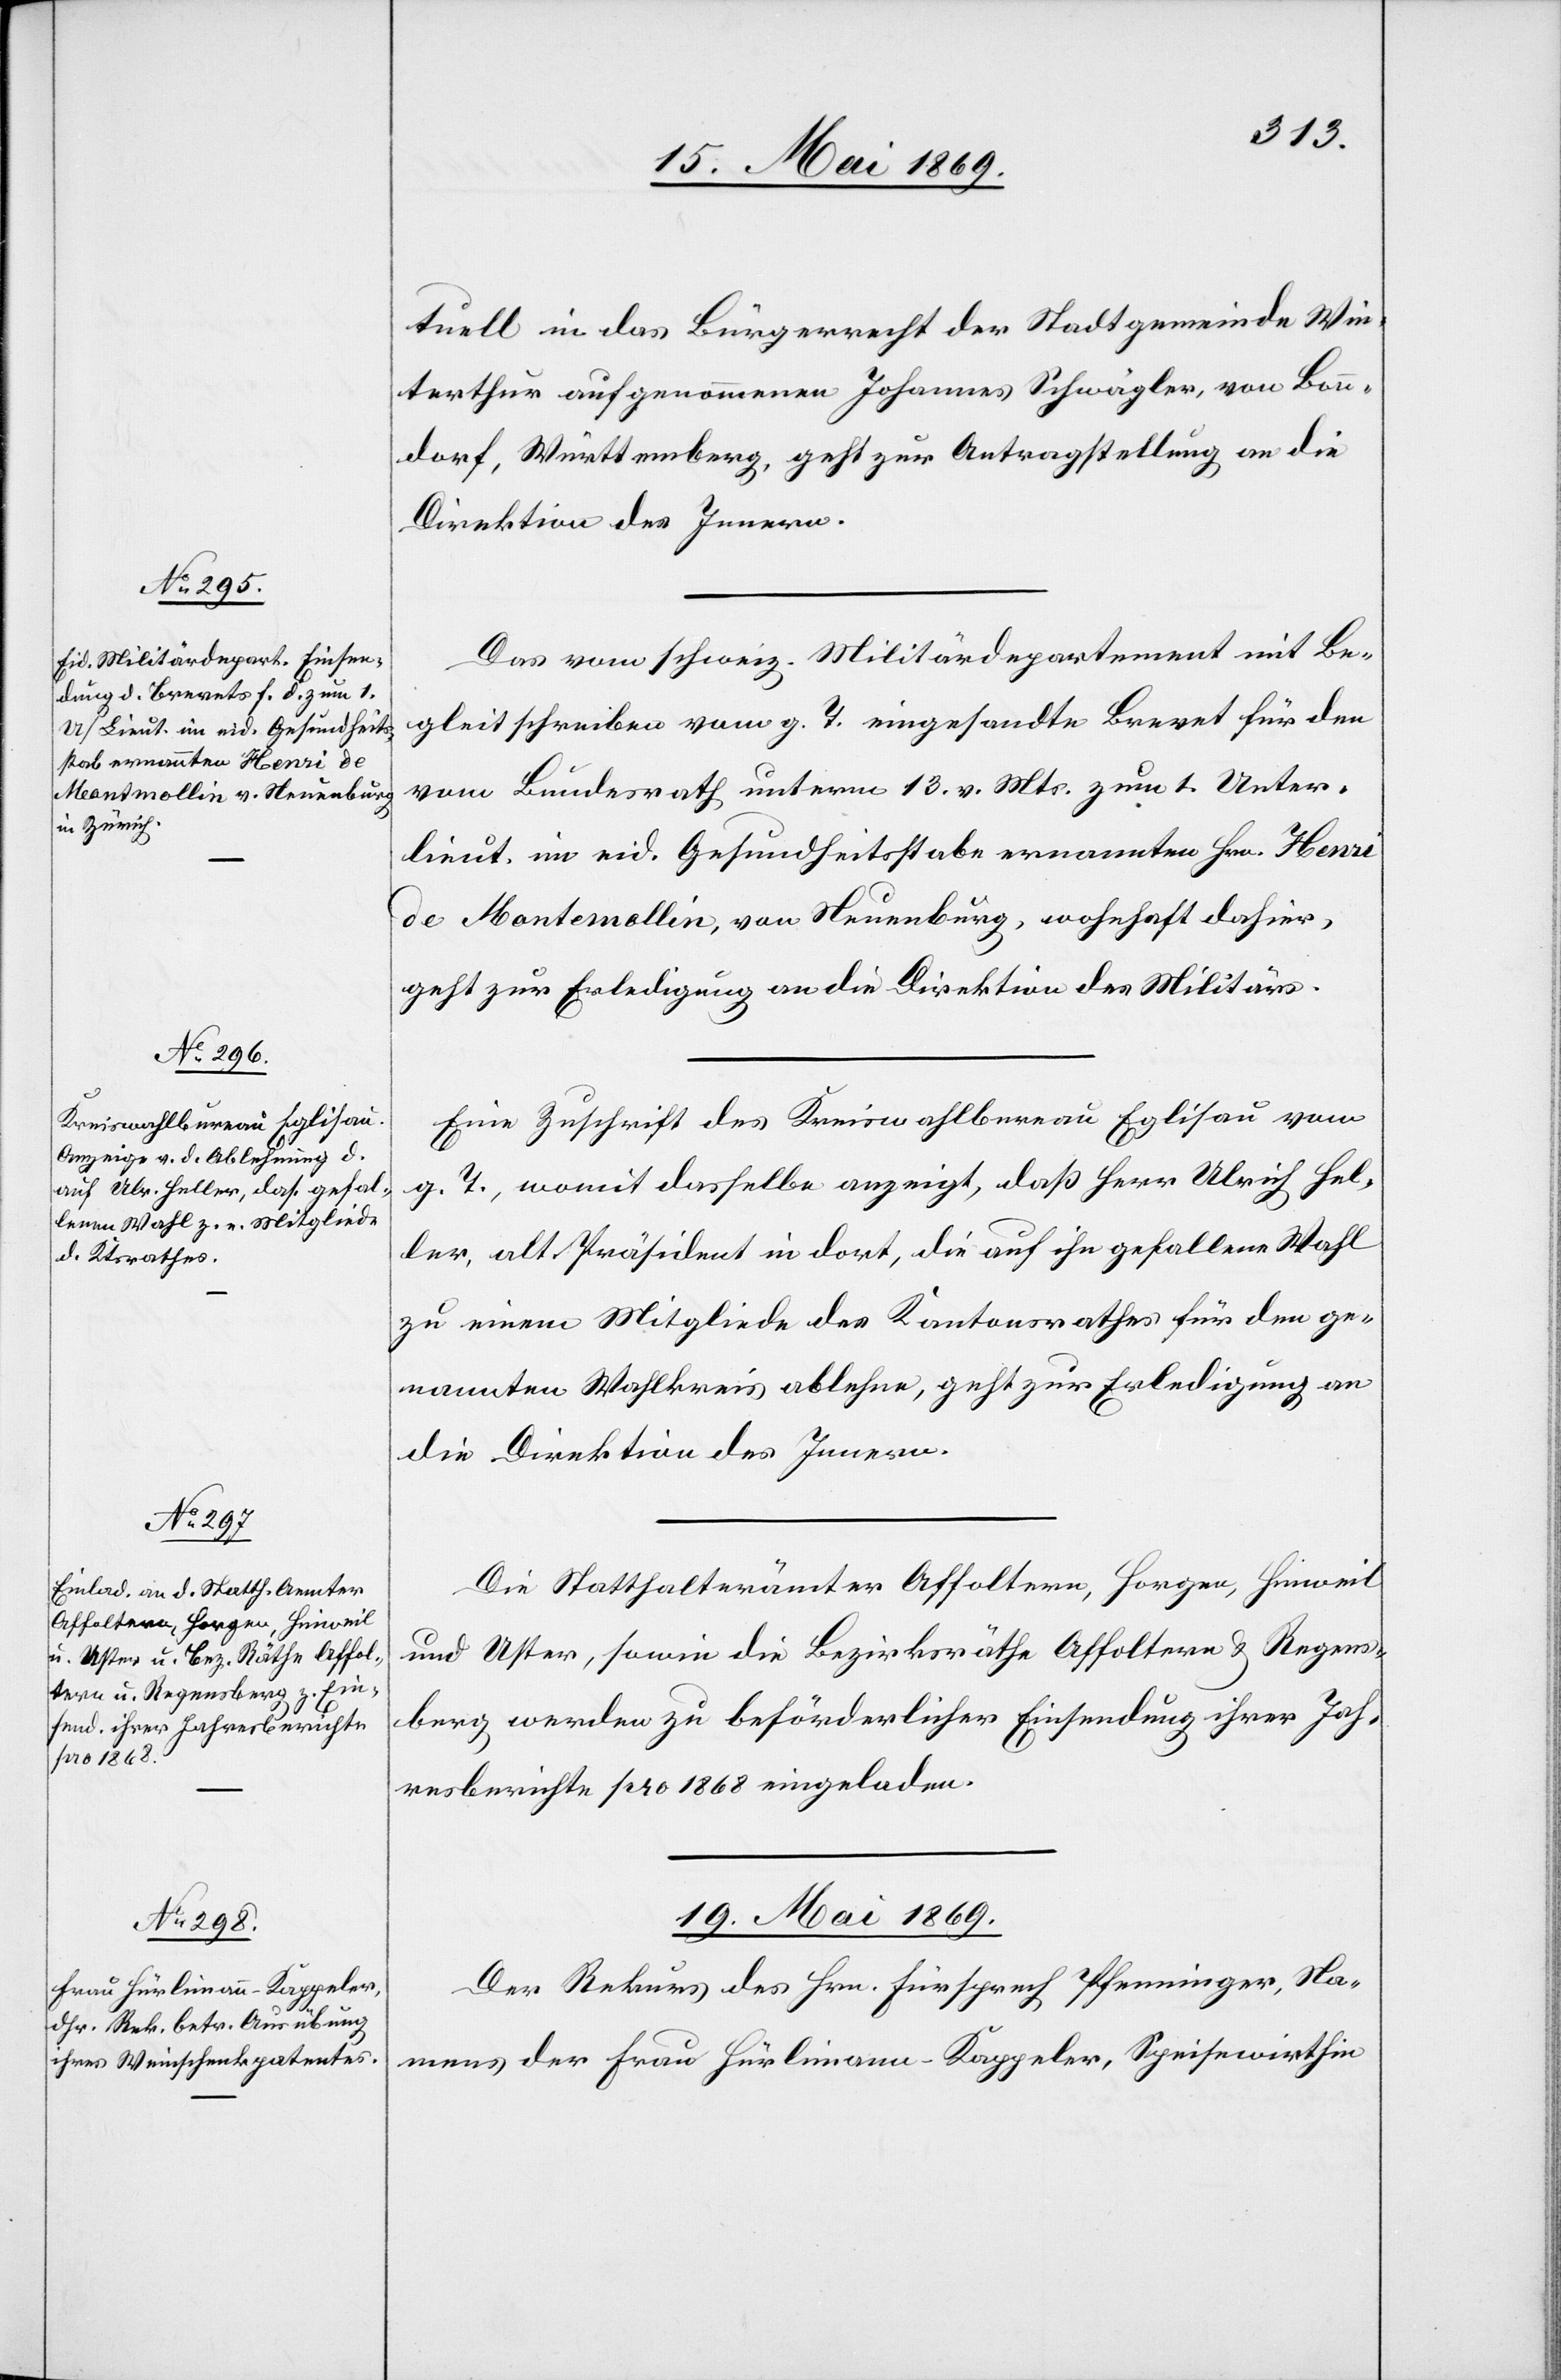
18. Mai 1869.]
tuell in das Bürgerrecht der Stadtgemeinde Win¬
terthur aufgenommenen Schwägler, von Bonndorf, Württemberg,
Das vom schweiz. Militärdepartement mit Be¬
gleitschreiben vom g. T. eingesandte Brevet für den
vom Bundesrathe unterm 13. v. Mts. zum 1. Unter¬
lieut. in eid. Gesundheitsstabe ernannten Hrn. Henri
de Montemollin, von Neuenburg, wohnhaft dahier,
geht zur Erledigung an die Direktion des Militärs.
Eine Zuschrift des Kreiswahlbureau Eglisau vom
g. T., womit dieselbe anzeigt, daß Herr Ulrich Hel¬
ler, alt Präsident in dort, die auf ihn gefallene Wahl
zu einem Mitgliede des Kantonsrathes für den ge¬
nannten Wahlkreis ablehne, geht zur Erledigung an
die Direktion des Innern.
Die Statthalterämter Affoltern, Horgen, Hinweil
und Uster, sowie die Bezirksräthe Affoltern u. Regens¬
berg werden zu beförderlicher Einsendung ihrer Jah¬
resberichte pro 1868 eingeladen.
19. Mai 1869.
Der Rekurs des Hrn. Fürsprech Pfenninger, Na¬
mens der Frau Hürlimann-Kappeler, Speisewirthin